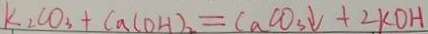
k _ { 2 } C O _ { 3 } + C a ( O H ) _ { 2 } = C a C O _ { 3 } \downarrow + 2 K O H